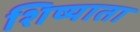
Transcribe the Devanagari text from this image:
शिष्याता